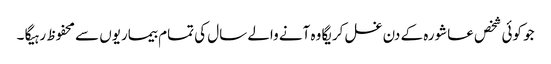
جو کوئی شخص عاشورہ کے دن غسل کریگا وہ آنے والے سال کی تمام بیماریوں سے محفوظ رہیگا ۔